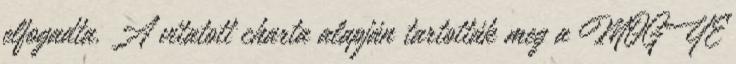
elfogadta. A vitatott charta alapján tartották meg a MOGYE